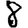
Digit: 8